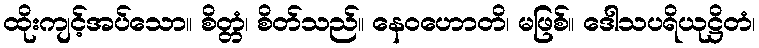
ထိုးကျင့်အပ်သော။ စိတ္တံ၊ စိတ်သည်။ နေဝဟောတိ၊ မဖြစ်။ ဒေါသပရိယုဋ္ဌိတံ၊